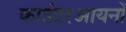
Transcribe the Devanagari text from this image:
काउंटरआयनों